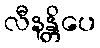
လီနန္တိပေ